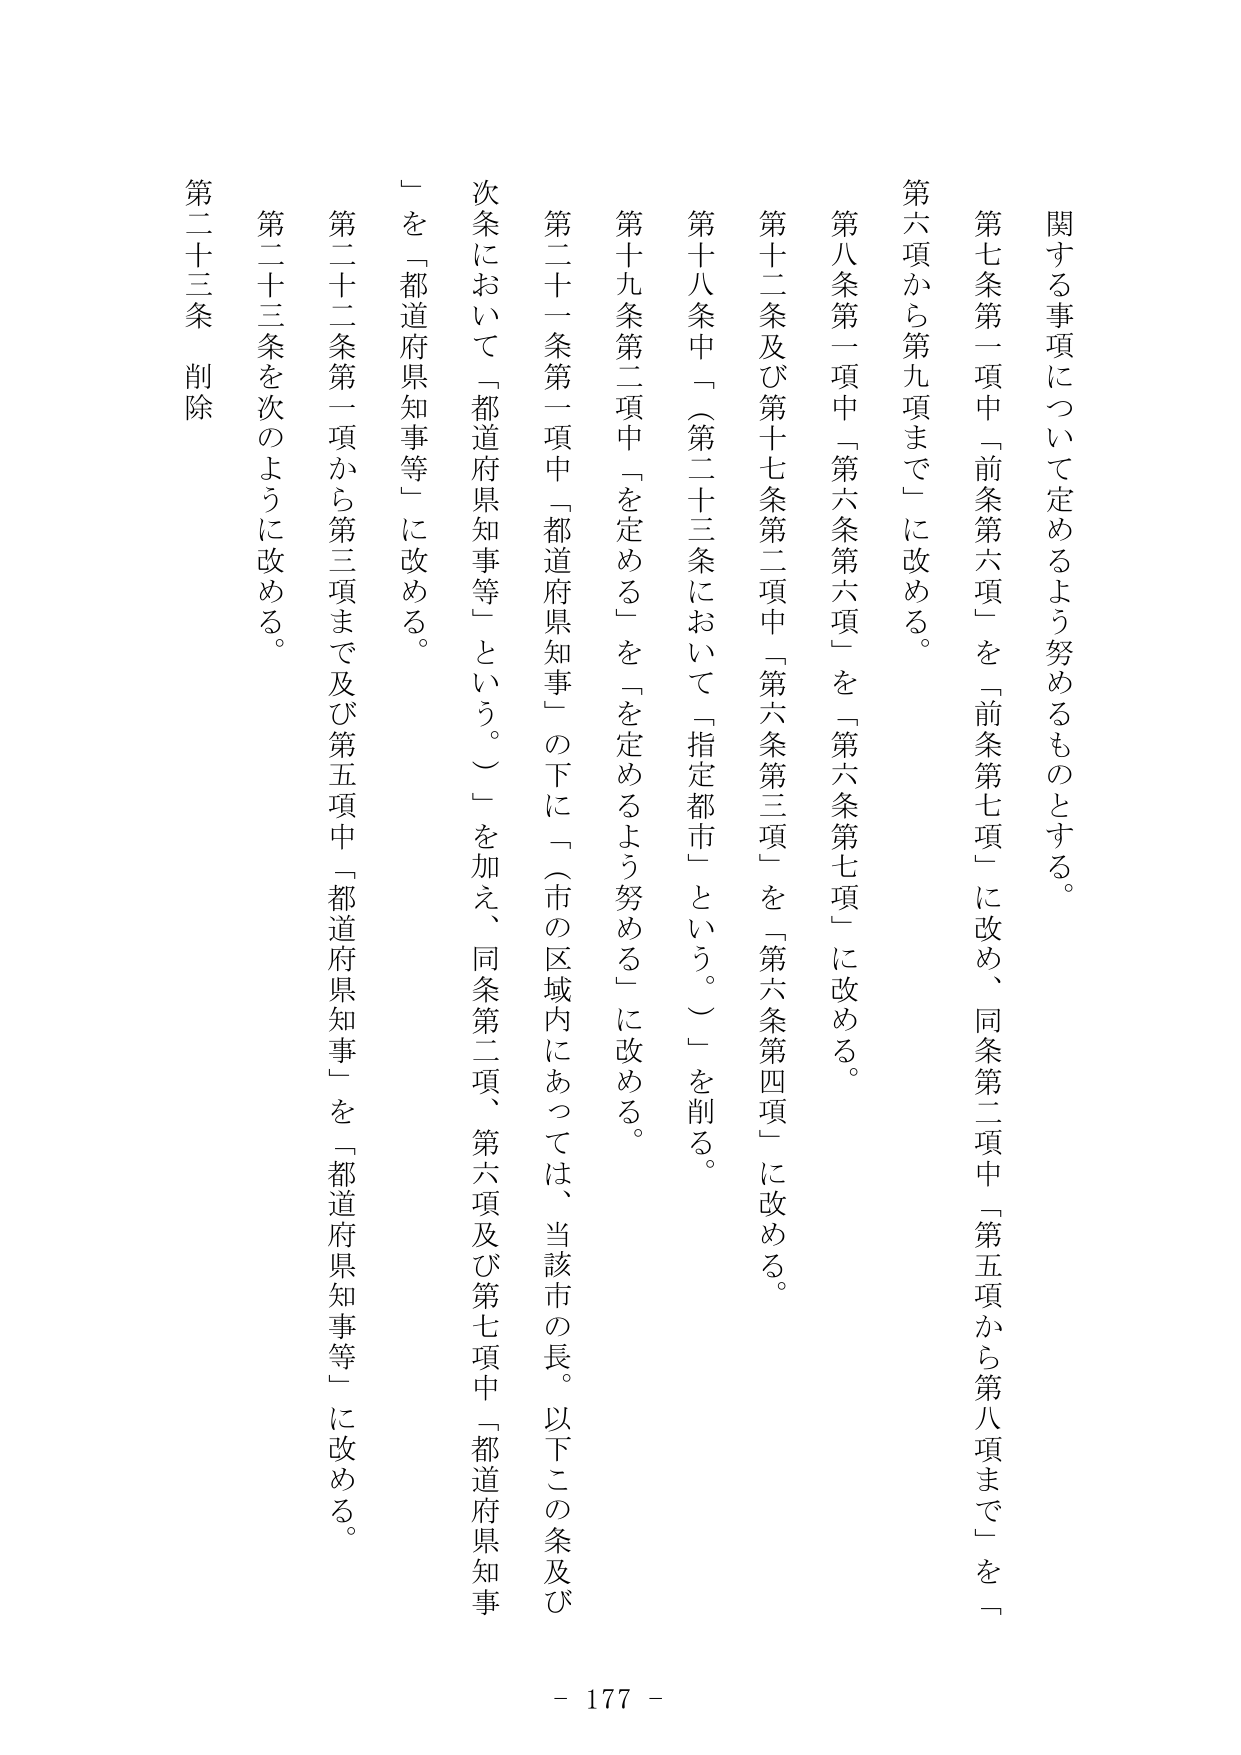
関する事項について定めるよう努めるものとする。

第七条第一項中「前条第六項」を「前条第七項」に改め、同条第二項中「第五項から第八項まで」を「第六項から第九項まで」に改める。

第八条第一項中「第六条第六項」を「第六条第七項」に改める。

第十二条及び第十七条第二項中「第六条第三項」を「第六条第四項」に改める。

第十八条中「（第二十三条において「指定都市」という。）」を削る。

第十九条第二項中「を定める」を「を定めるよう努める」に改める。

第二十一条第一項中「都道府県知事」の下に「（市の区域内にあっては、当該市の長。以下この条及び次条において「都道府県知事等」という。）」を加え、同条第二項、第六項及び第七項中「都道府県知事」を「都道府県知事等」に改める。

第二十二条第一項から第三項まで及び第五項中「都道府県知事」を「都道府県知事等」に改める。

第二十三条を次のように改める。

第二十三条 削除

- 177 -